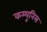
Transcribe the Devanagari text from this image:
कम्यूनिस